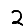
Digit: 2